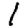
Digit: 1